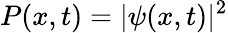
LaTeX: P(x,t)=|\psi(x,t)|^{2}